Civil Veterinary Dept. Bombay admin report 1923-31 - 1923-1931
Year: 1923
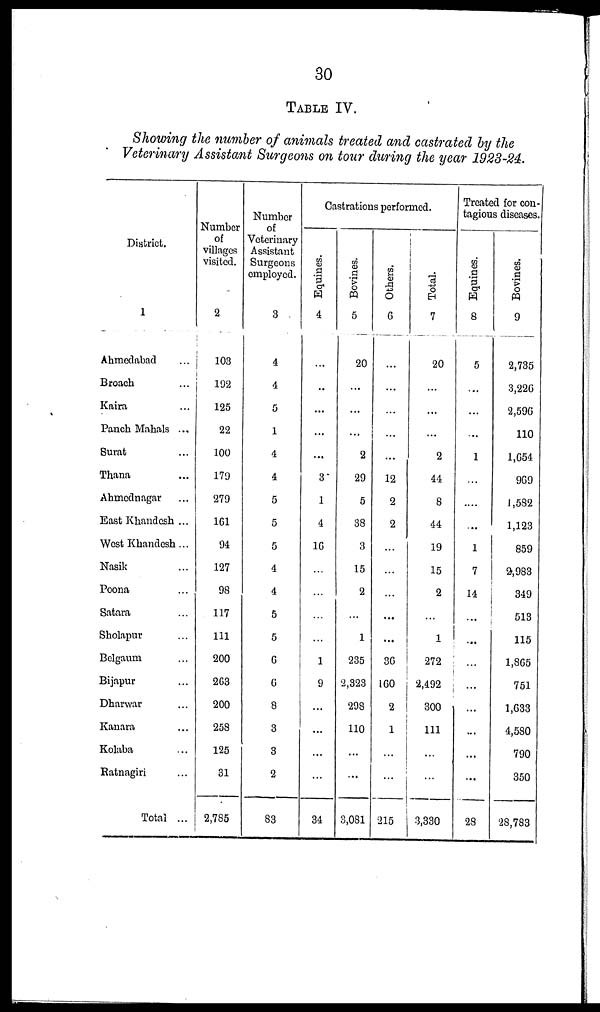
30
TABLE IV.
Showing the number of animals treated and castrated by the
Veterinary Assistant Surgeons on tour during the year 1923-24.
District.
1
Ahmedabad ...
Broach ...
Kaira ...
Panch Mahals ...
Surat ...
Thana ...
Ahmednagar ...
East Khandesh ...
West Khandesh ...
Nasik ...
Poona ...
Satara ...
Sholapur ... ...
Belgaum ... ...
Bijapur ...
Dharwar ...
Kanara ...
Kolaba ...
Ratnagiri ...
Total ...
Number
of
villages
visited.
2
103
192
125
22
100
179
279
161
94
127
98
117
111
200
263
200
258
125
31
2,785
Number
of
Veterinary
Assistant
Surgeons
employed.
3
4
4
5
1
4
4
5
5
5
4
4
5
5
6
6
8
3
3
2
83
Castrations performed.
Equines.
4
...
..
...
...
...
3
1
4
16
...
...
...
...
1
9
...
...
...
...
34
Bovines.
5
20
...
...
...
2
29
5
38
3
15
2
...
1
235
2,323
298
110
...
...
3,081
Others.
6
...
...
...
...
...
12
2
2
...
...
...
...
...
36
160
2
1
...
...
215
Total.
7
20
...
...
...
2
44
8
44
19
15
2
...
1
272
2,492
300
111
...
...
3,330
Treated for con-
tagious diseases.
Equines.
8
5
...
...
...
1
...
....
...
1
7
14
...
...
...
...
...
...
...
...
28
Bovines.
9
2,735
3,226
2,596
110
1,654
969
1,582
1,123
859
2,983
349
513
115
1,865
751
1,633
4,580
790
350
28,783